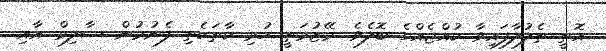
އޮތީ ތެލުލާފައިވާ ކުއްޖެއްގެ ބޮލެވެ. މޭޒުމަތީ ހުރި ކާތަކެތި ފެނުމުން ސާލިމް އާއި